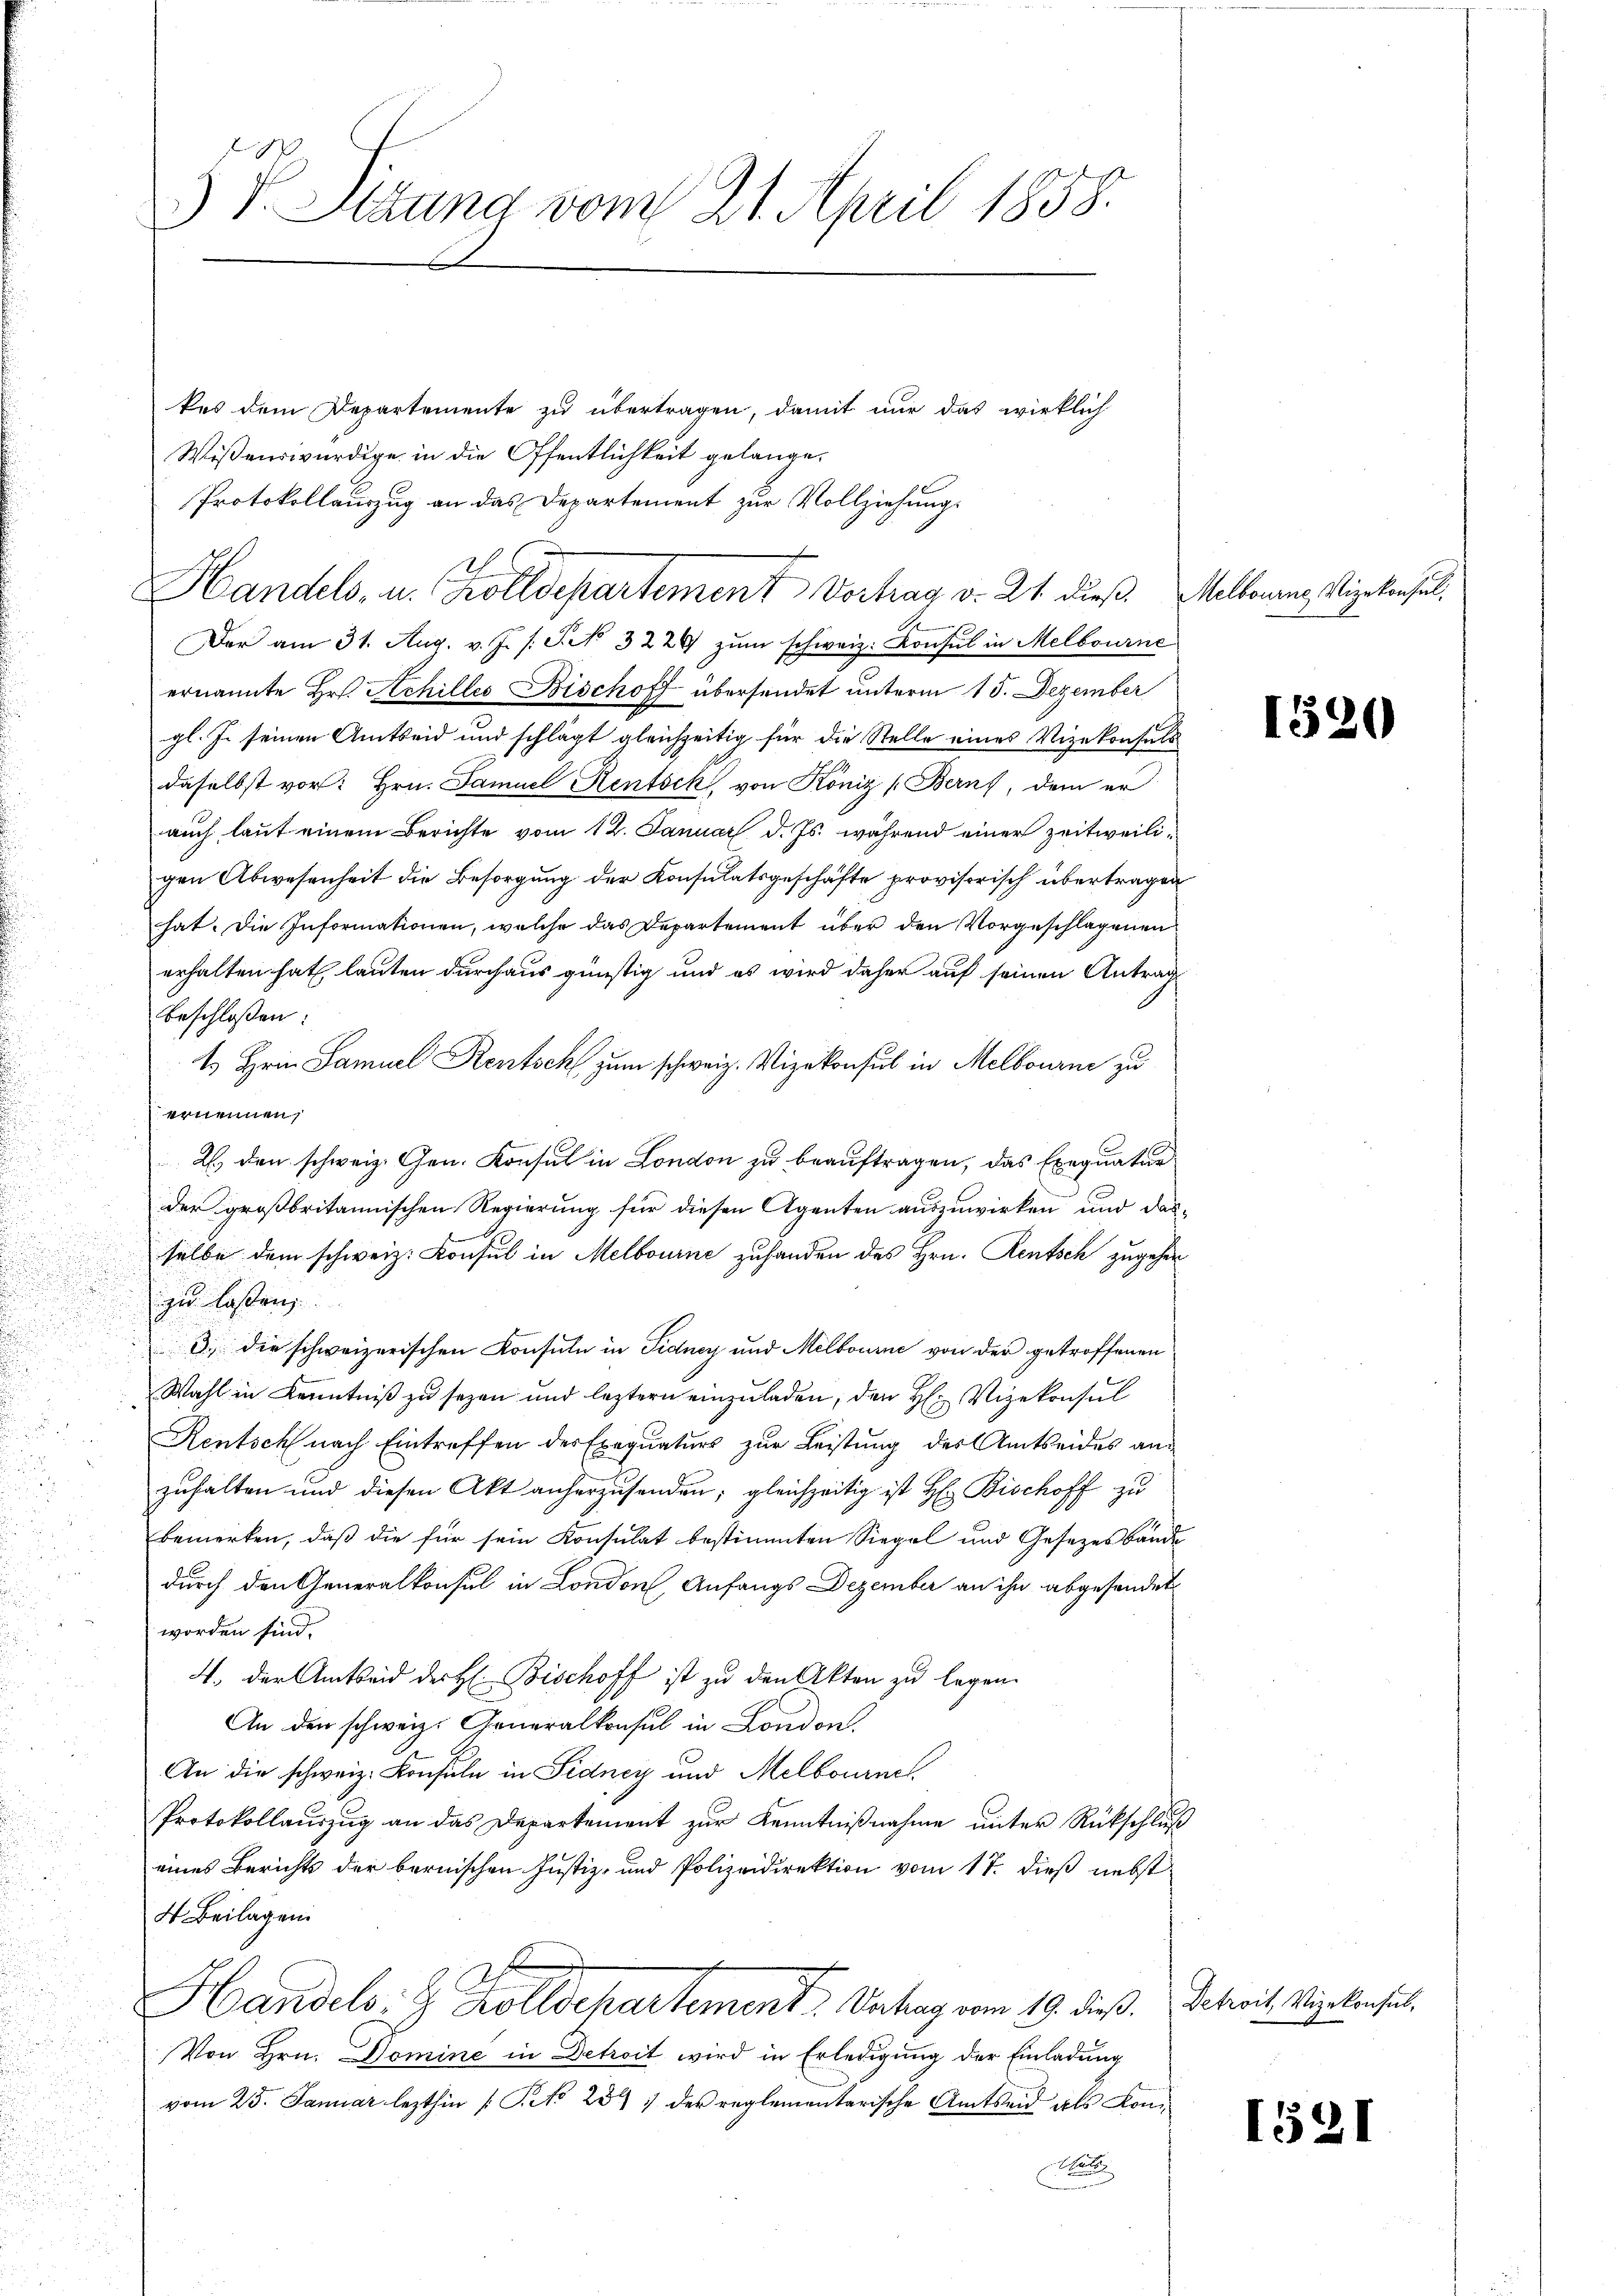
s

5 V. Sitzung vom 21. April 1858.

kes dem Departemente zu übertragen, damit nur das wirklich
Wissenswürdige in die Öffentlichkeit gelange¬
Protokollauszug an das Departement zur Vollziehungs
Handels, u. Zolldepartement Vortrag v. 24. dieß. Mellonen, Vizekonsul¬
Der am 31. Aug. v. J. /: P. No 3229 zŭm schweiz. Konsul in Melbourne
ernannte Hr. Achilles Bischoff übersendet unterm 15. Dezember
gl. J. seinen Amtseid und schlägt gleichzeitig für die Stelle eines Vizekonsuls
daselbst vor: Hrn. Samuel Rentsch, von Köniz (Berns, dem er
auch laut einem Berichte vom 12. Januar d. Js. während einer zeitweiligen Abwesenheit die Besorgung der Konsulatsgeschäfte provisorisch übertragen
hat. Die Informationen, welche das Departement über den Vorgeschlagenen
erhalten hat, lauten durchaus günstig und es wird daher auf seinen Antrag
beschlossen:
1 Hrin Samuel Rentsch zum schweiz. Vizekonsul in Melbourni zu
ernennen,
2. den schweiz. Gen. Konsul in London zu beauftragen, das Exequatur
i
der großbritannischen Regierung für diesen Agenten auszuwirken und dasi
selbe dem schweiz. Konsul in Melbourne zuhanden des Hrn. Rentsch zugehen
zu lassen
3. die schweizerischen Konsuln in Fidney und Melbourne von der getroffenen
Wahl in Kenntniß zu sezen und leztern einzuladen, den H: Vizekonsul
Rentsch nach Eintreffen des Exequaturs zur Leistung des Amtseides anzuhalten und diesen Akt anherzusenden; gleichzeitig ist H: Bischoff zu
bemerken, daß die für sein Konsulat bestimmten Siegel und Gesetzesbände
durch den Generalkonsul in London, Anfangs Dezember an ihn abgesendet
worden sind.
4. der Amtseid der H: Bischoff ist zu den Akten zu legen.
An den schweiz. Generalkonsul in London
An die schweiz. Konsuln in Fidney und Melbourne
Protokollauszug an das Departement zur Kenntnißnahme unter Rückschluß
eines Berichts der bernischen Justiz- und Polizeidirektion vom 17. dieß nebst
4 Beilagen.
Handels- & Zolldepartement. Satag vom 19. dieß. Webereit, Vizekonsul¬
Von Hrn. Domine in Detreit wird in Erledigung der Einladung
vom 25. Januar lezthin [Pro 25 der reglementarische Amtseid als Kone

1520

152)